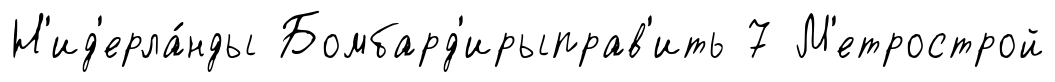
Н'ид'ерла́нды Бомбард'ирыправ'ить 7 М'етрострой